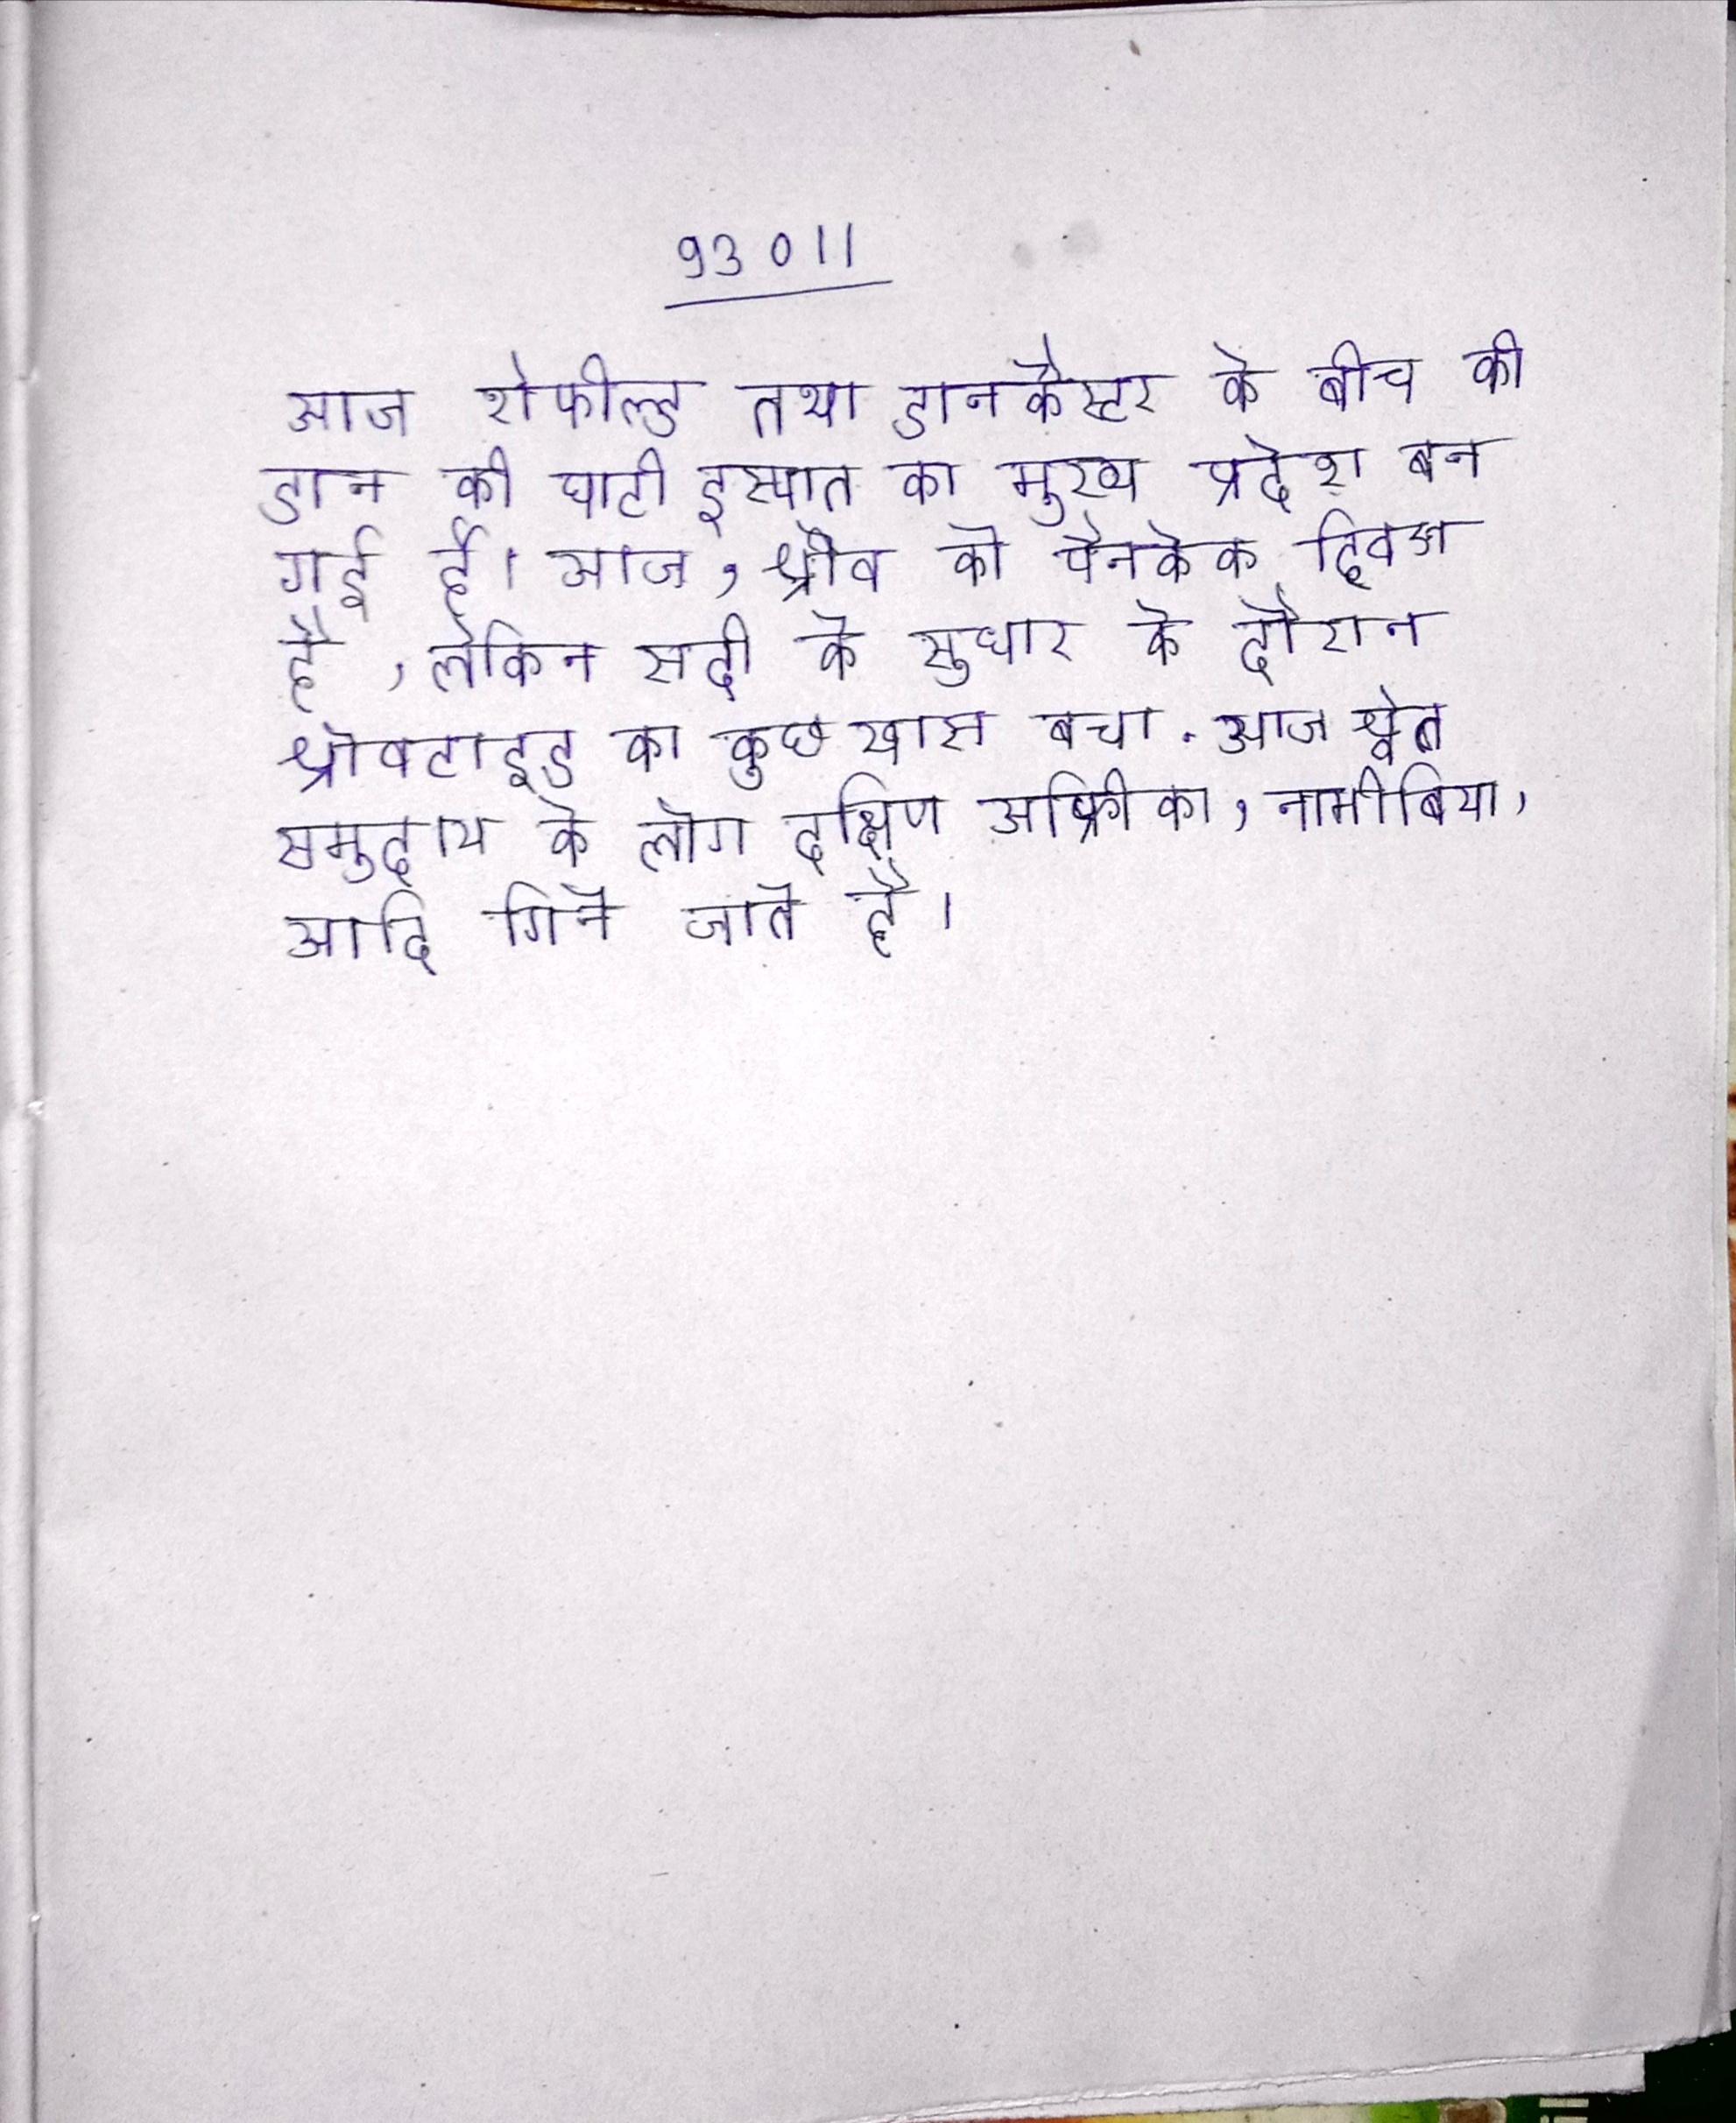
आज शेफील्ड तथा डानकैस्टर के बीच की डान की घाटी इस्पात का मुख्य प्रदेश बन गई है । आज, श्रोव को पैनकेक दिवस के रूप मनाया जाता है, लेकिन सदी के सुधार के दौरान श्रोवटाइड का कुछ खास बचा . आज श्वेत समुदाय के लोग दक्षिण अफ्रीका, नामीबिया, आदि गिने जाते है ।